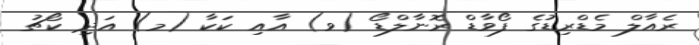
ރެއާލް މެޑްރިޑުގެ ފޯވާޑް ރޮނާލްޑޯ (ވ) އާއި ކަކާ (މ) އަދި ކޯޗު